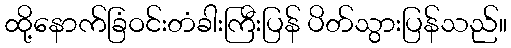
ထို့နောက်ခြံဝင်းတံခါးကြီးပြန် ပိတ်သွားပြန်သည်။